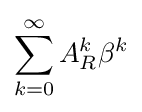
\sum _{k=0}^{\infty }A_{R}^{k}\beta ^{k}